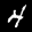
Label: 4